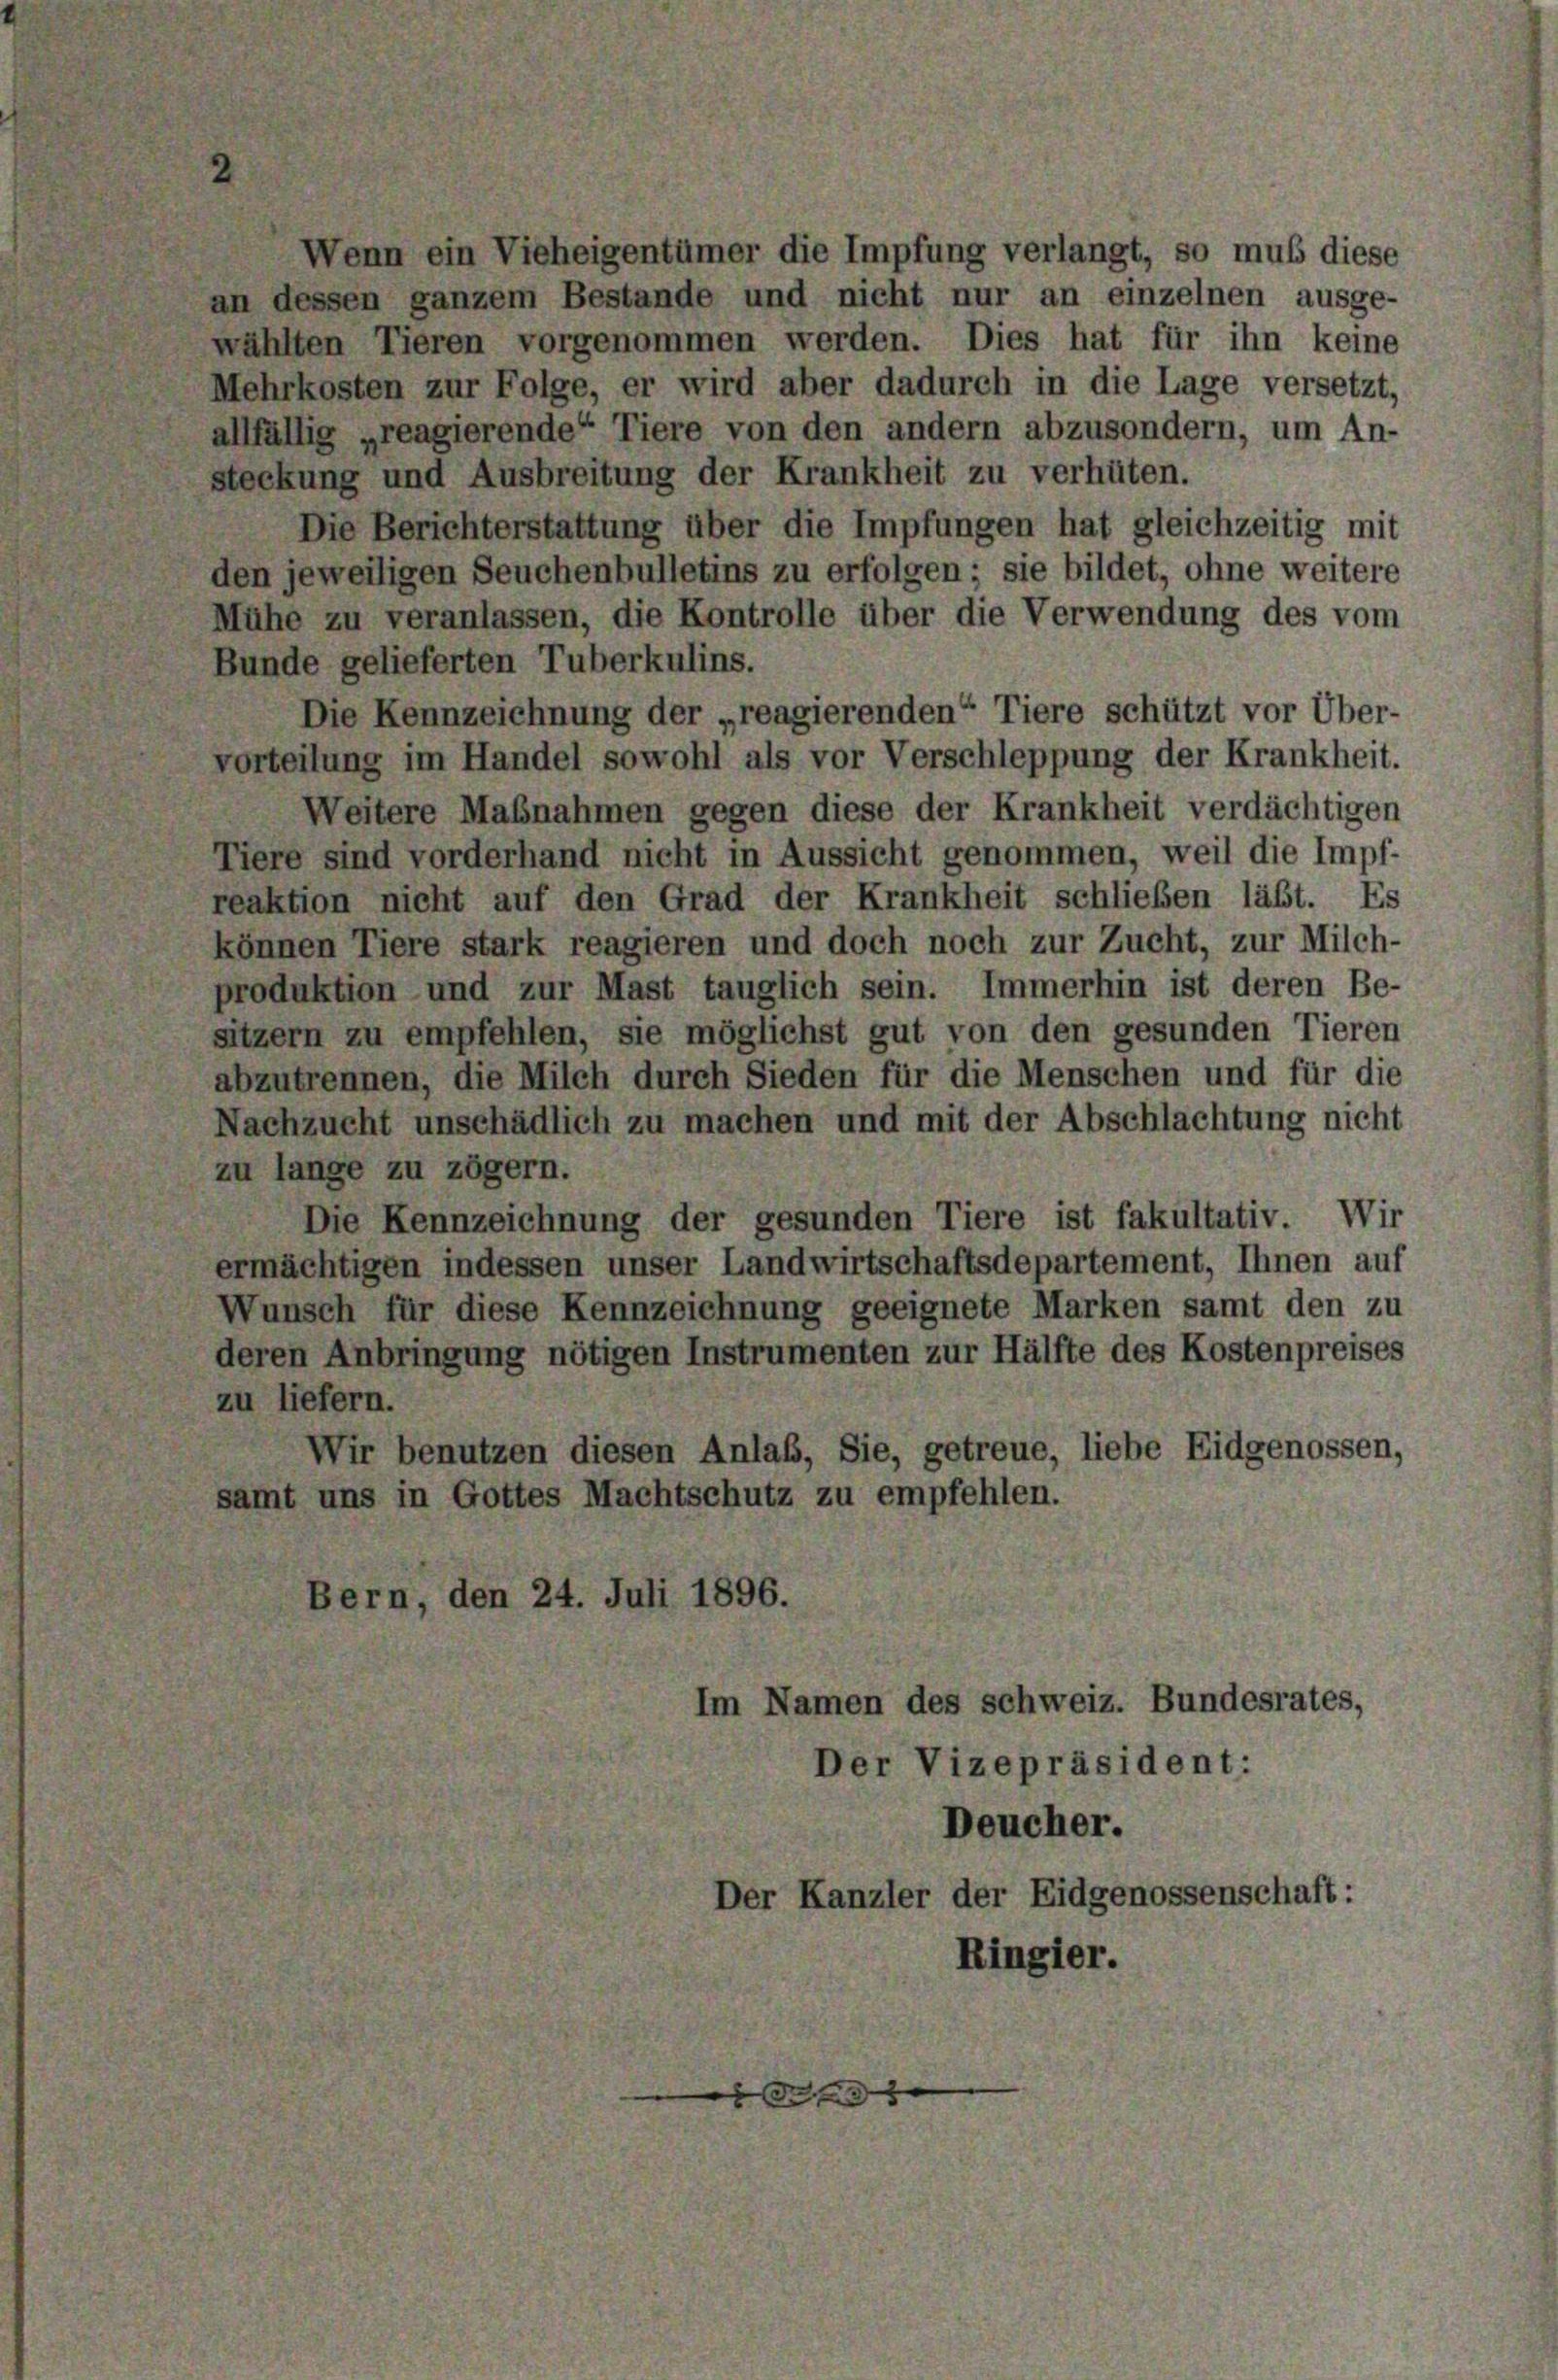
Wenn ein Vieheigentümer die Impfung verlangt, so muß diese
an dessen ganzem Bestande und nicht nur an einzelnen ausge-
wählten Tieren vorgenommen werden. Dies hat für ihn keine
Mehrkosten zur Folge, er wird aber dadurch in die Lage versetzt,
allfällig „reagierende Tiere von den andern abzusondern, um An-
steckung und Ausbreitung der Krankheit zu verhüten.
Die Berichterstattung über die Impfungen hat gleichzeitig mit
den jeweiligen Seuchenbulletins zu erfolgen; sie bildet, ohne weitere
Mühe zu veranlassen, die Kontrolle über die Verwendung des vom
Bunde gelieferten Tuberkulins.
Die Kennzeichnung der „reagierenden Tiere schützt vor Über-
vorteilung im Handel sowohl als vor Verschleppung der Krankheit.
Weitere Maßnahmen gegen diese der Krankheit verdächtigen
Tiere sind vorderhand nicht in Aussicht genommen, weil die Impf-
reaktion nicht auf den Grad der Krankheit schließen läßt. Es
können Tiere stark reagieren und doch noch zur Zucht, zur Milch-
produktion und zur Mast tauglich sein. Immerhin ist deren Be-
sitzern zu empfehlen, sie möglichst gut von den gesunden Tieren
abzutrennen, die Milch durch Sieden für die Menschen und für die
Nachzucht unschädlich zu machen und mit der Abschlachtung nicht
zu lange zu zögern.
Die Kennzeichnung der gesunden Tiere ist fakultativ. Wir
ermächtigen indessen unser Landwirtschaftsdepartement, Ihnen auf
Wunsch für diese Kennzeichnung geeignete Marken samt den zu
deren Anbringung nötigen Instrumenten zur Hälfte des Kostenpreises
zu liefern.
Wir benutzen diesen Anlaß, Sie, getreue, liebe Eidgenossen,
samt uns in Gottes Machtschutz zu empfehlen.
Bern, den 24. Juli 1896.
Im Namen des schweiz. Bundesrates,
Der Vizepräsident:
Deucher.
Der Kanzler der Eidgenossenschaft:
Ringier.
3